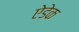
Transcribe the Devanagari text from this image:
ऐडेक